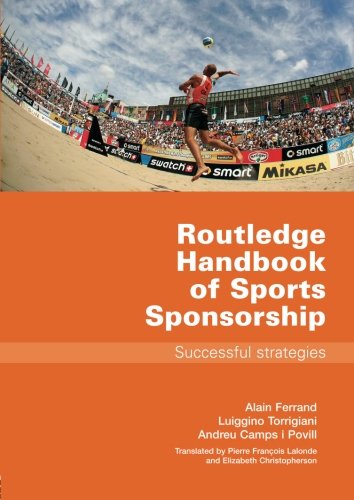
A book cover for Routledge Handbook of Sports Sponsorship: Successful Strategies; Alain Ferrand; Law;